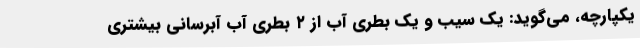
یکپارچه، می‌گوید: یک سیب و یک بطری آب از ۲ بطری آب آبرسانی بیشتری